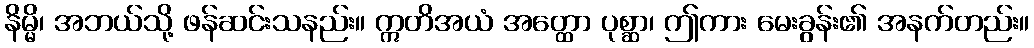
နိမ္မိ၊ အဘယ်သို့ ဖန်ဆင်းသနည်း။ ဣတိအယံ အတ္ထော ပုစ္ဆာ၊ ဤကား မေးခွန်း၏ အနက်တည်း။